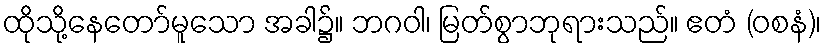
ထိုသို့နေတော်မူသော အခါ၌။ ဘဂဝါ၊ မြတ်စွာဘုရားသည်။ ဧတံ (ဝစနံ)၊